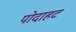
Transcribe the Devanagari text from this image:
पोदाहट